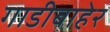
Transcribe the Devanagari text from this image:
गाडीबाहेर